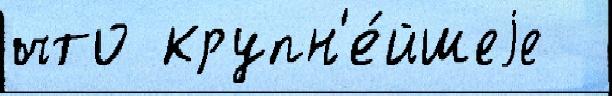
что крупн'е́йшеjе